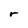
Character: r